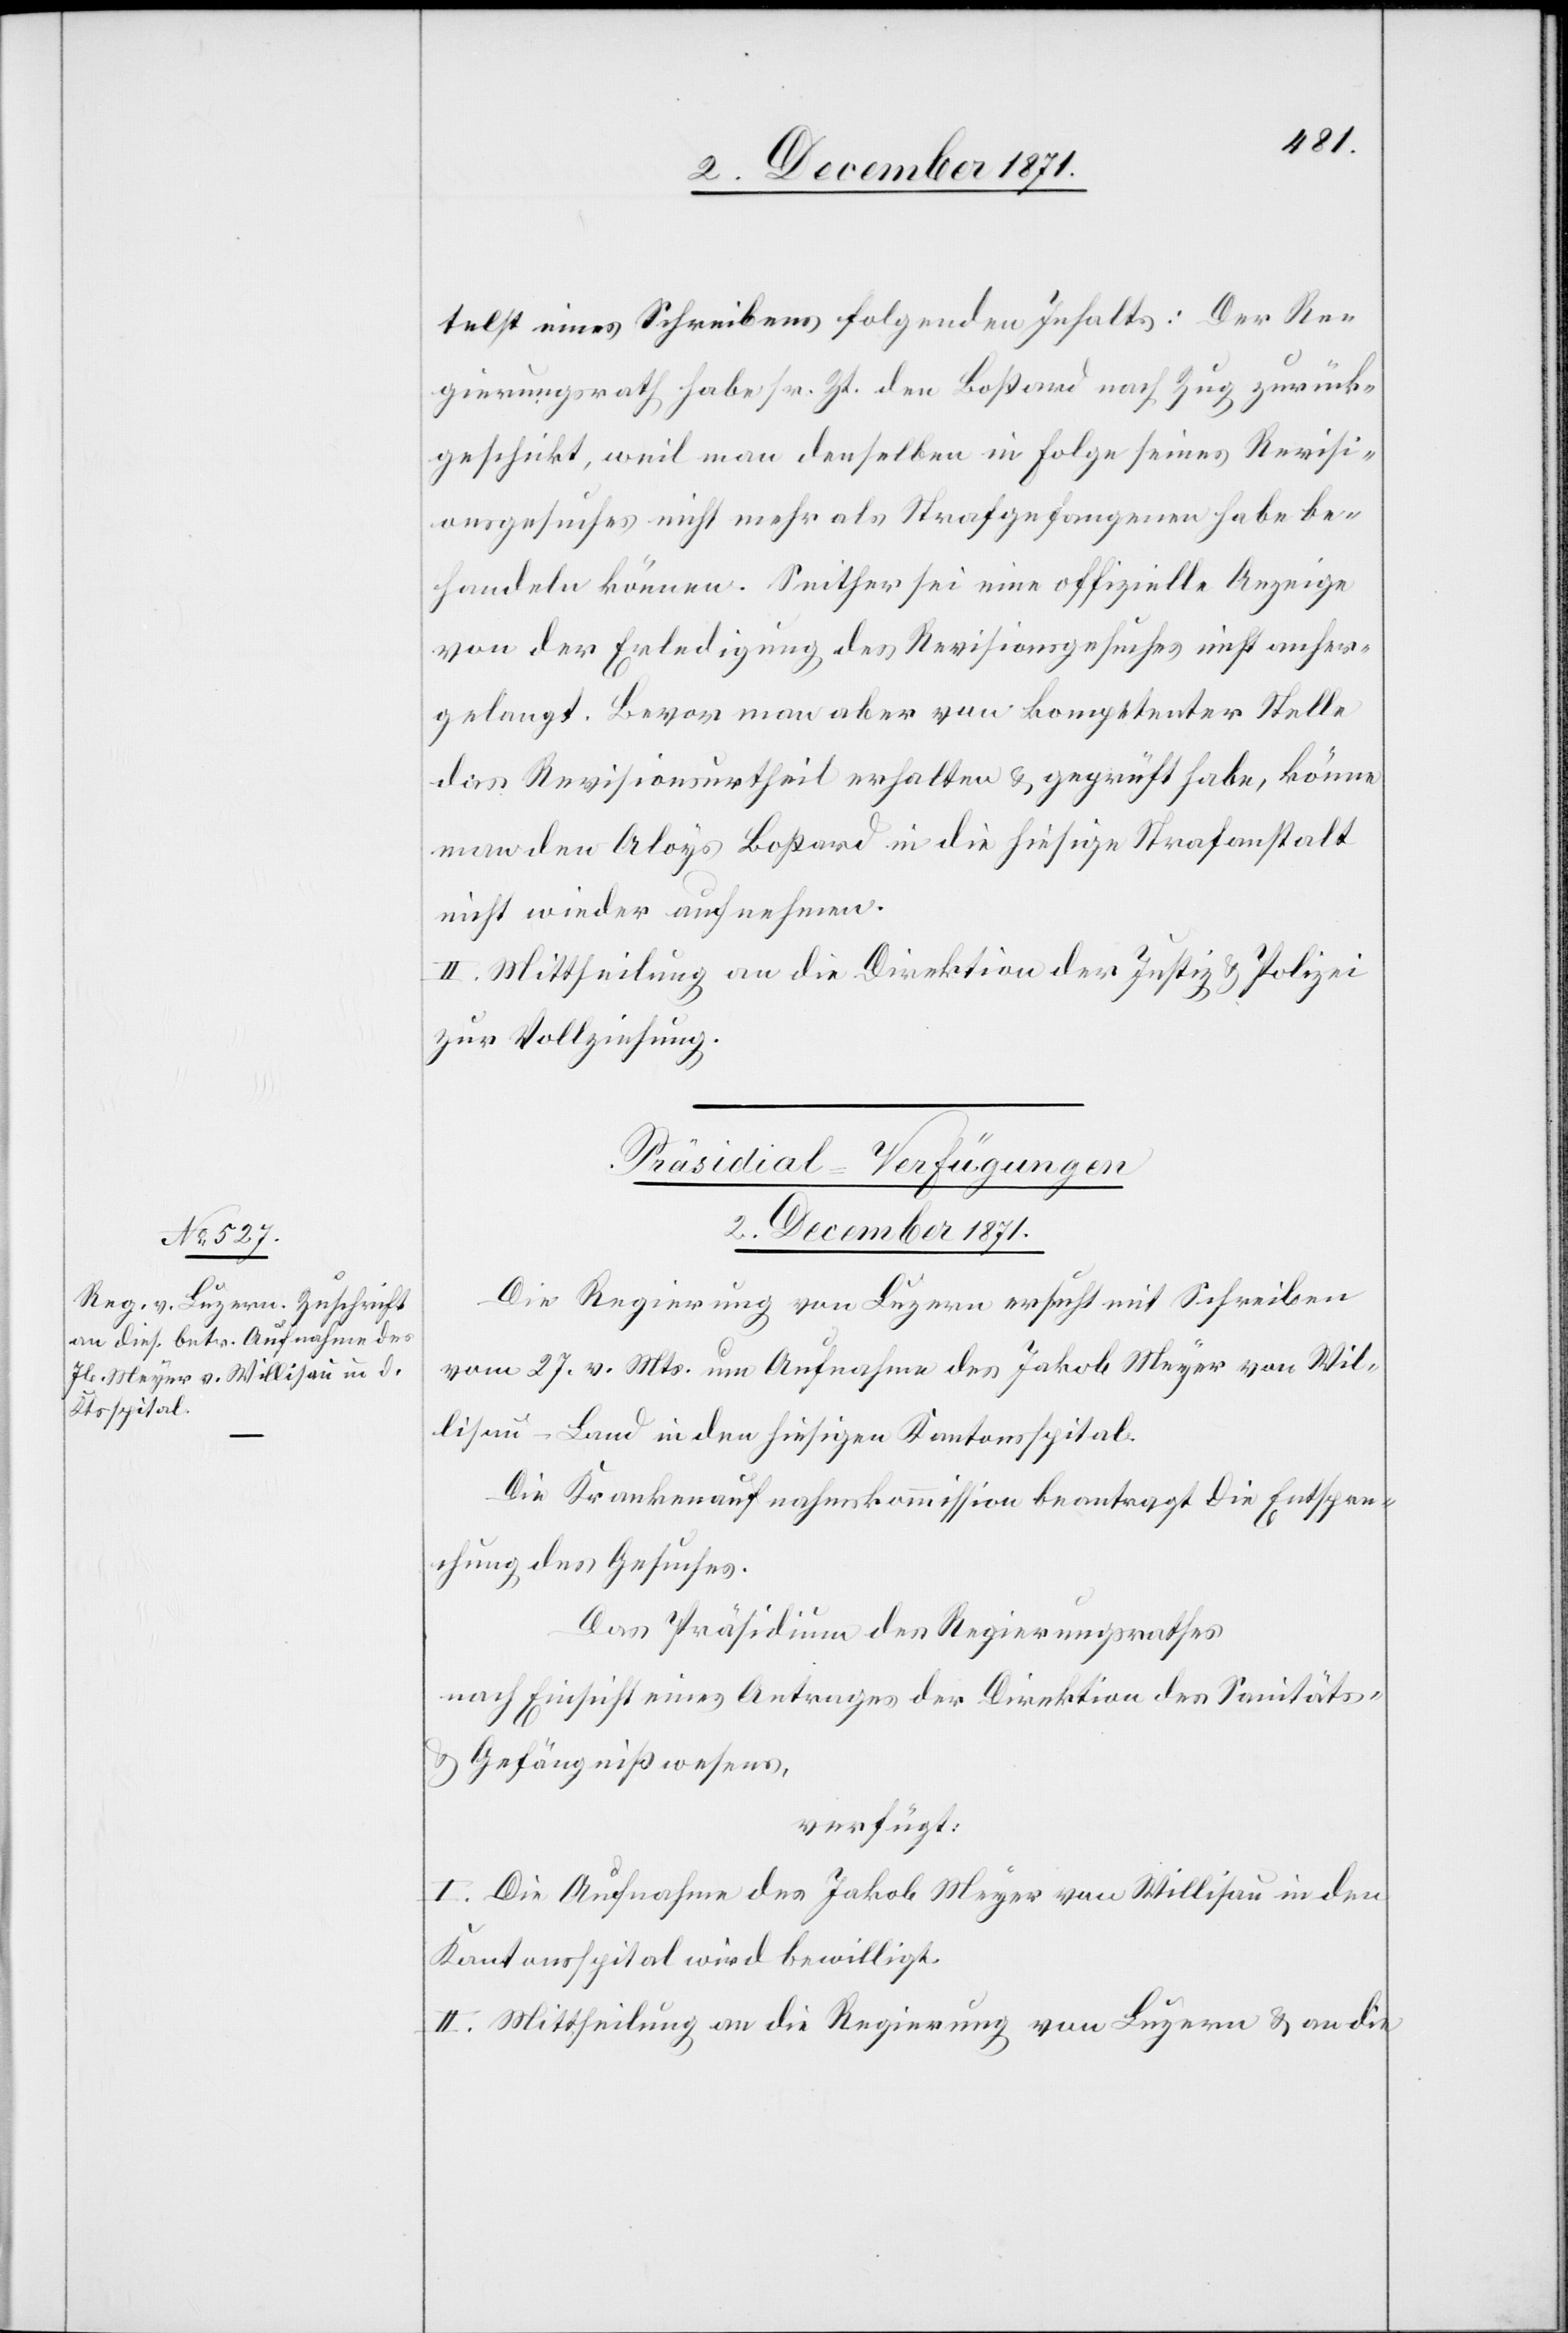
telst eines Schreibens folgenden Inhalts: Der Re¬
gierungsrath habe sr. Zt. den Boßard nach Zug zurück¬
geschickt, weil man denselben in Folge seines Revisi¬
onsgesuches nicht mehr als Strafgefangenen habe be¬
handeln können. Seither sei eine offizielle Anzeige
von der Erledigung des Revisionsgesuches nicht anher¬
gelangt. Bevor man aber von kompetenter Stelle
das Revisionsurtheil erhalten & geprüft habe, könne
man den Aloys Boßard in die hiesige Strafanstalt
nicht wieder aufnehmen.
II. Mittheilung an die Direktion der Justiz & Polizei
zur Vollziehung.
Präsidial-Verfügungen
2. December 1871.
Die Regierung von Luzern ersucht mit Schreiben
vom 27. v. Mts. um Aufnahme des Jakob Meyer von Wil¬
lisau-Land in den hiesigen Kantonsspital.
Die Krankenaufnahmskommission beantragt die Entspre¬
chung des Gesuches.
Das Präsidium des Regierungsrathes
nach Einsicht eines Antrages der Direktion des Sanitäts-
& Gefängnißwesens,
verfügt:
I. Die Aufnahme des Jakob Meyer von Willisau in den
Kantonsspital wird bewilligt.
II. Mittheilung an die Regierung von Luzern & an die